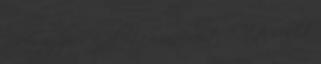
nekem ugyanis ez jelenti a nácizmust .? Itt sokkal